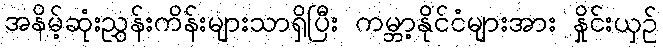
အနိမ့်ဆုံးညွှန်းကိန်းများသာရှိပြီး ကမ္ဘာ့နိုင်ငံများအား နှိုင်းယှဉ်